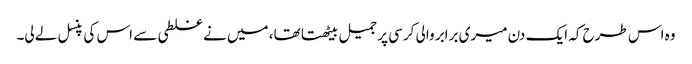
وہ اس طرح کہ ایک دن میری برابر والی کرسی پر جمیل بیٹھتا تھا، میں نے غلطی سے اس کی پنسل لے لی۔